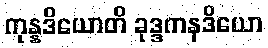
ကုန္နဒိယောတိ ခုဒ္ဒကနဒိယော